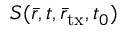
S ( \bar { r } , t , { \bar { r } _ { \mathrm { t x } } } , t _ { 0 } )